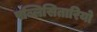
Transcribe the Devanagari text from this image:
पब्लिसितारियो